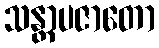
သန္တာပဇာတော